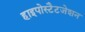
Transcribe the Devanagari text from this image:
हाइपोस्टैटजेशन